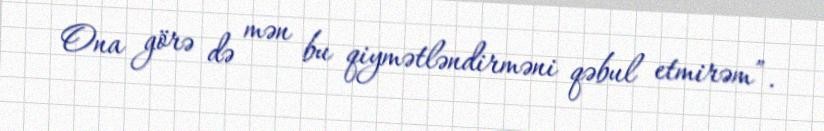
Ona görə də mən bu qiymətləndirməni qəbul etmirəm”.